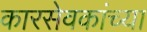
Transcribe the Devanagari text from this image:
कारसेवकांच्या